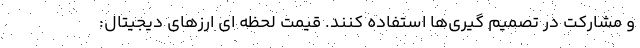
و مشارکت در تصمیم گیری‌ها استفاده کنند. قیمت لحظه ای ارزهای دیجیتال: